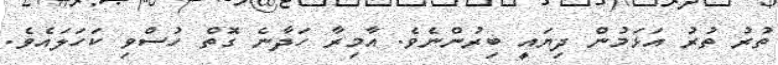
ތުރު ތުރު އަޅަމުން ދިޔައީ ބިރުންނެވެ. އާމިރާ ހަދާނެ ގޮތް ހުސްވި ކަހަލައެވެ.